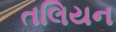
તલિયન